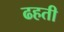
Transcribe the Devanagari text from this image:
ढहती